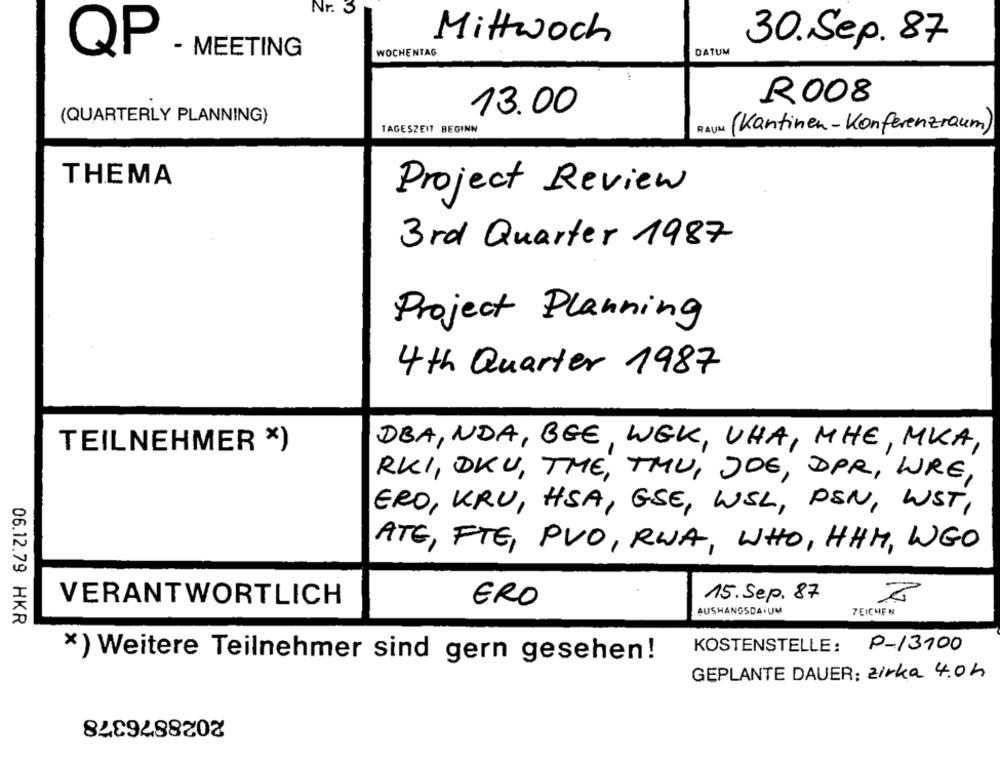
Nr. 3
Mittwoch
30.Sep.87
QP
- MEETING
WOCHENTAG
DATUM
R008
13.00
(QUARTERLY PLANNING)
TAGESZEIT BEGINN
RAUM
(Kantinen - Konferenzraum)
THEMA
Project Review
3rd Quarter 1987
Project Planning
4th Quarter 1987
TEILNEHMER *)
DBA, NDA, BEE, WEK, VHA, MHE, MKA,
RKI , DKU , THE , THU , JOE , DPR , WRE ,
ERO, KRU, HSA, ESE, WEL, PEN, WST ,
ATE, FTE, PVO, RUA, WHO, HHH, WGO
15.Sep. 87
VERANTWORTLICH
ERO
AUSHANGSDAIUM
7EICHEN
06.12.79 HKR
KOSTENSTELLE: P-13100
*) Weitere Teilnehmer sind gern gesehen!
GEPLANTE DAUER: zirka 4.0 4
2028876378